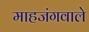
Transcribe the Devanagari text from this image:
माहजंगवाले